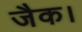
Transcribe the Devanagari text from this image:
जैक।